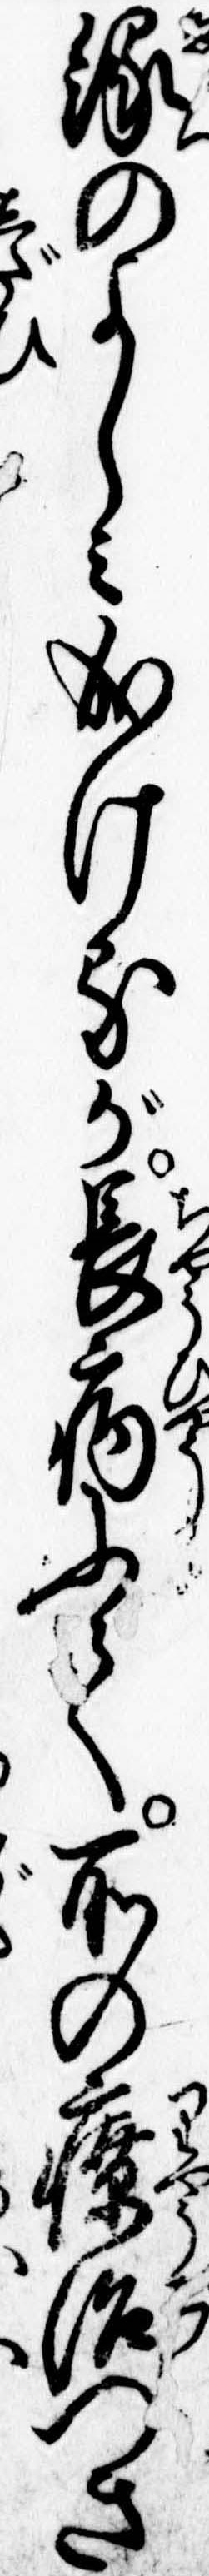
縁のよしみ成けるが長病にて所の療治つき